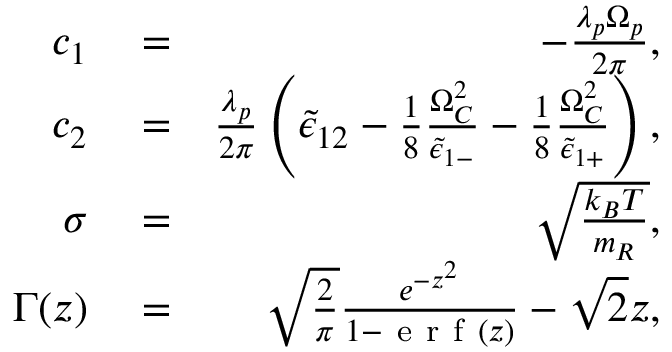
\begin{array} { r l r } { c _ { 1 } } & { { } = } & { - \frac { \lambda _ { p } \Omega _ { p } } { 2 \pi } , } \\ { c _ { 2 } } & { { } = } & { \frac { \lambda _ { p } } { 2 \pi } \left( \tilde { \epsilon } _ { 1 2 } - \frac { 1 } { 8 } \frac { \Omega _ { C } ^ { 2 } } { \tilde { \epsilon } _ { 1 - } } - \frac { 1 } { 8 } \frac { \Omega _ { C } ^ { 2 } } { \tilde { \epsilon } _ { 1 + } } \right) , } \\ { \sigma } & { { } = } & { \sqrt { \frac { k _ { B } T } { m _ { R } } } , } \\ { \Gamma ( z ) } & { { } = } & { \sqrt { \frac { 2 } { \pi } } \frac { e ^ { - z ^ { 2 } } } { 1 - \mathrm { ~ e ~ r ~ f ~ } \left( z \right) } - \sqrt { 2 } z , } \end{array}